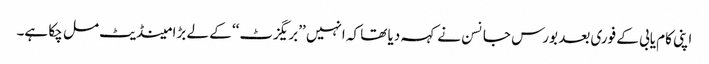
اپنی کام یابی کے فوری بعد بورس جانسن نے کہہ دیا تھا کہ انہیں ’’بریگزٹ‘‘ کے لے بڑا مینڈیٹ مل چکا ہے۔